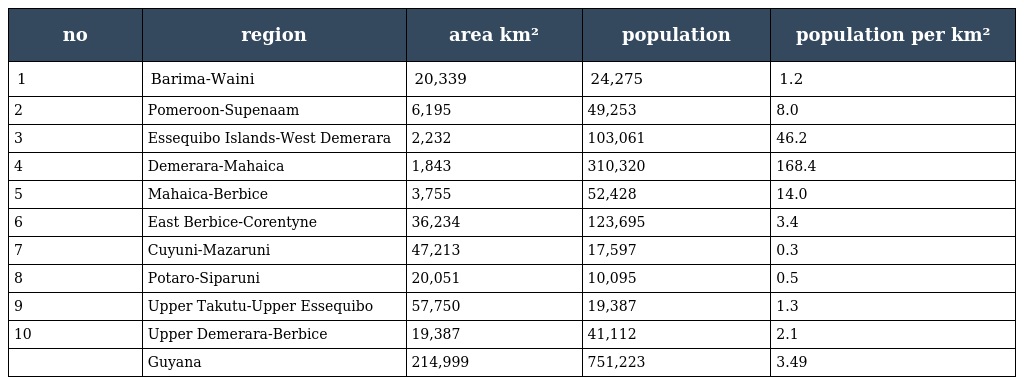
| no | region | area km² | population | population per km² |
 | --- | --- | --- | --- | --- |
 | 1 | Barima-Waini | 20,339 | 24,275 | 1.2 |
 | 2 | Pomeroon-Supenaam | 6,195 | 49,253 | 8.0 |
 | 3 | Essequibo Islands-West Demerara | 2,232 | 103,061 | 46.2 |
 | 4 | Demerara-Mahaica | 1,843 | 310,320 | 168.4 |
 | 5 | Mahaica-Berbice | 3,755 | 52,428 | 14.0 |
 | 6 | East Berbice-Corentyne | 36,234 | 123,695 | 3.4 |
 | 7 | Cuyuni-Mazaruni | 47,213 | 17,597 | 0.3 |
 | 8 | Potaro-Siparuni | 20,051 | 10,095 | 0.5 |
 | 9 | Upper Takutu-Upper Essequibo | 57,750 | 19,387 | 1.3 |
 | 10 | Upper Demerara-Berbice | 19,387 | 41,112 | 2.1 |
 |  | Guyana | 214,999 | 751,223 | 3.49 |